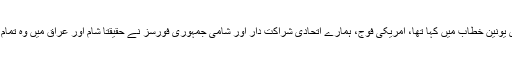
نتیجتاً، جیسا کہ میں نے گزشتہ روز اپنے سٹیٹ آف دی یونین خطاب میں کہا تھا، امریکی فوج، ہمارے اتحادی شراکت دار اور شامی جمہوری فورسز نے حقیقتاً شام اور عراق میں وہ تمام علاقہ واگزار کرا لیا جو کبھی داعش کے زیرتسلط تھا۔